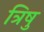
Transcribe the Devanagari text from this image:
त्रिषु